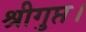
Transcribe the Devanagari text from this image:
श्रीगुप्त।